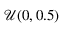
\mathcal { U } ( 0 , 0 . 5 )